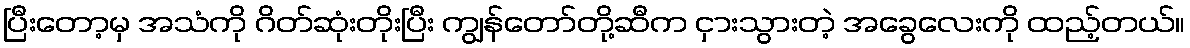
ပြီးတော့မှ အသံကို ဂိတ်ဆုံးတိုးပြီး ကျွန်တော်တို့ဆီက ငှားသွားတဲ့ အခွေလေးကို ထည့်တယ်။